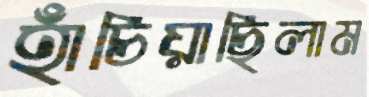
হাঁচিয়াছিলাম